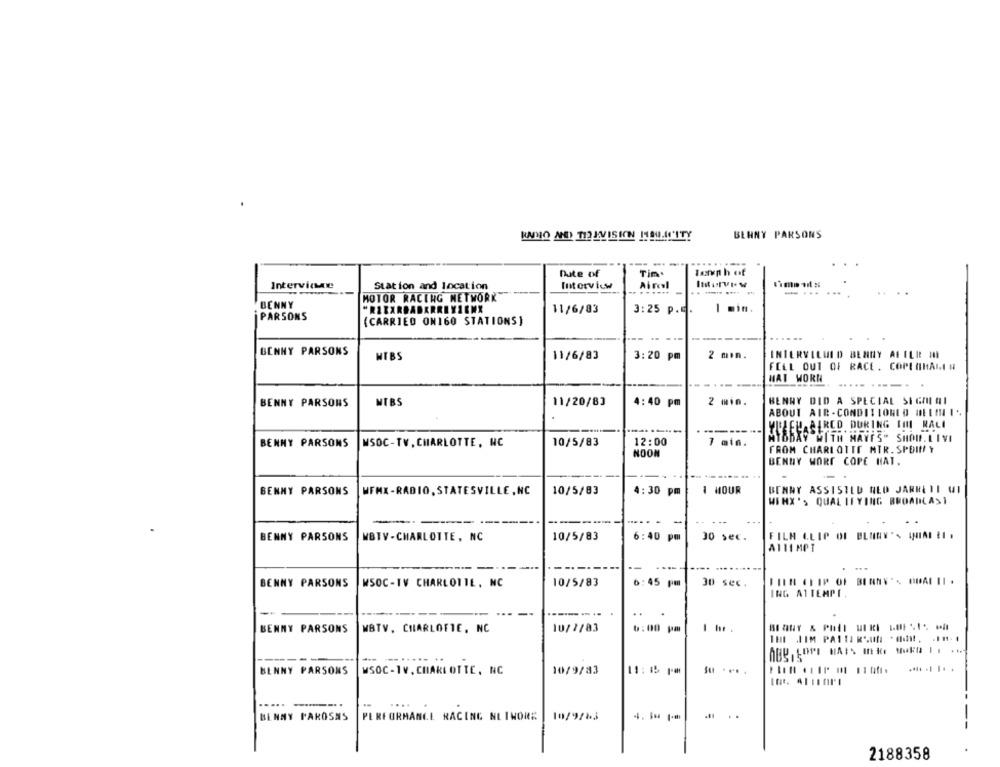
RADIO ANDD) TIO EVISION ITOU.40'ITY
BEHNY PARSONS
-- -
Date of
Tim.
Tonnhof
Intervice
Station and location
Interview
Airel
......
- ...
...
..
MOTOR RACING NETWORK
-
BENNY
11/6/83
3:25 P ..
1 min.
PARSONS
(CARRIED ON160 STATIONS)
-----
-
------
BENNY PARSONS
MTBS
11/6/83
3:20 pm
2 min.
INTERVILUID BENNY ALELR MI
FELL OUT OF RACE. COPIOHALI H
HAT WORN
.......-...
BENNY PARSONS
MIBS
11/20/83
4:40 pm
2 min.
BENNY DID A SPECIAL SIGMIAI
ABOUT AIR-CONDITIONED MEIMLI ..
-----
YU ELAALRED DURING III RALI
BENMY PARSONS
MSOC-TV, CHARLOTTE, NC
10/5/83
12:00
7 min.
MYSBAY WITH MANES" SHODLIVI
NOON
FROM CHARLOTTE MIR. SPDINY
BENNY WORT COPE HAT.
BENNY PARSONS
WFMX -RADIO, STATESVILLE , NC
10/5/83
4:30 pm
1 HOUR
BENNY ASSISTED NED JARRETT WI
WINX 's QUALIFYING BROADCAST
-------
-
..
BENNY PARSONS
WBTV-CHARLOTTE, NC
10/5/83
6:40 pm
30 sec.
A114 MPI
....
BENNY PARSONS
WSOC-TV CHARLOTTE, NC
10/5/83
6:45 pm
30 sec.
ING ATTEMPT,
----- ---
..
.
BENNY PARSONS
MBTV, CHARLOTTE, NC
10/7/83
6:00 pm
--
BENNY PARSONS
WSOC - 1V. CHARLOTTE, NC
10/9/83
11:15 14
...-....
BENNY PAROSNS
PERFORMANCE RACING NLIWORE
10/9/63
..
2188358